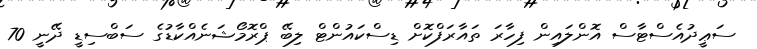
ސަޢީދުއެސްޓާސް އޮންލައިން ފިހާރަ ތައާރަފްކޮށް ޑިސްކައުންޓް ލިބޭ ޕްރޮމޯޝަނެއްކާޑުގެ ސަބްސިޑީ ދޭނީ 70